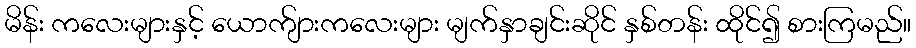
မိန်း ကလေးများနှင့် ယောက်ျားကလေးများ မျက်နှာချင်းဆိုင် နှစ်တန်း ထိုင်၍ စားကြမည်။